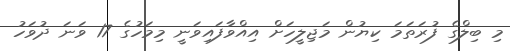
މި ބިލްގެ ފުރަތަމަ ކިޔުން މަޖިލީހަށް އިއްވާފައިވަނީ މިމަހުގެ 17 ވަނަ ދުވަހު